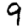
Digit: 9